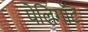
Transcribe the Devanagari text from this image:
पेलिगॉट